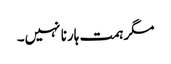
مگر ہمت ہارنا نہیں۔